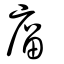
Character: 廇